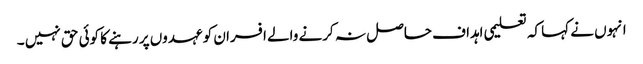
انہوں نے کہا کہ تعلیمی اہداف حاصل نہ کرنے والے افسران کو عہدوں پر رہنے کا کوئی حق نہیں ۔